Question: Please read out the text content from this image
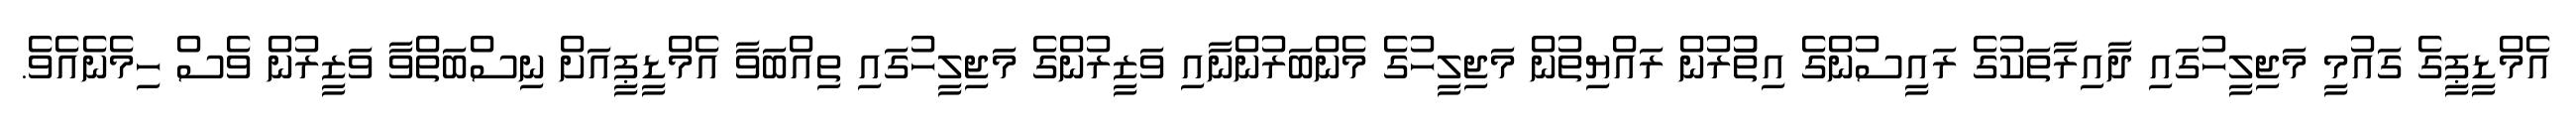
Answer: އެމްޑީޕީގެ ގައުމީ މަޖިލީހުގައި ދާއިރާތަކުގެ ރައީސުންގެ އިތުުރުން ރައްޔިތުން މަޖިލީހުގެ މެންބަރުންނާއި ވަޒީރުންގެ މަޖިލީހުގައި ތިއްބަވާ އެމްޑީޕީއަށް ނިސްބަތްވާ ވަޒީރުން ވެސް ހިމެނެއެވެ.